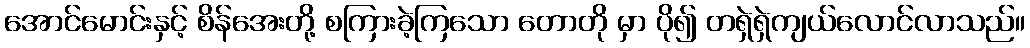
အောင်မောင်းနှင့် စိန်အေးတို့ စကြားခဲ့ကြသော တောတို မှာ ပို၍ တရှဲရှဲကျယ်လောင်လာသည်။